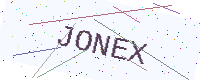
Text: JONEX